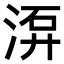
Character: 𣷮